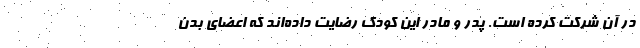
در آن شرکت کرده است. پدر و مادر این کودک رضایت داده‌اند که اعضای بدن